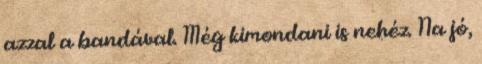
azzal a bandával. Még kimondani is nehéz. Na jó,